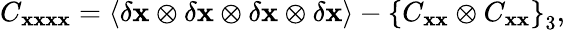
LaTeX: C_{{\mathbf x}{\mathbf x}{\mathbf x}{\mathbf x}}=\langle\delta{\mathbf x}\otimes\delta{\mathbf x}\otimes\delta{\mathbf x}\otimes\delta{\mathbf x}\rangle-\left\lbrace C_{{\mathbf x}{\mathbf x}}\otimes C_{{\mathbf x}{\mathbf x}}\right\rbrace_{3},